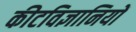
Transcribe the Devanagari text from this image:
कीटविज्ञानियों